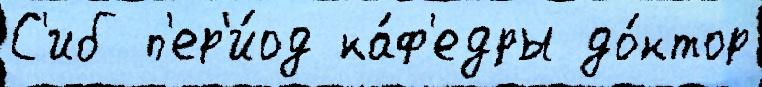
С'иб п'ер'и́од ка́ф'едры до́ктор